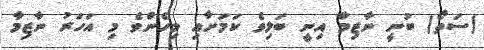
(ސަތޯ) ބުނީ ނާޒިމާ އިނީ ބަލިވެ ކަމަށާއި މިހެންވެ މި އަހަރު ނާޒިމާ